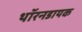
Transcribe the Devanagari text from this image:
थॉरनडायक